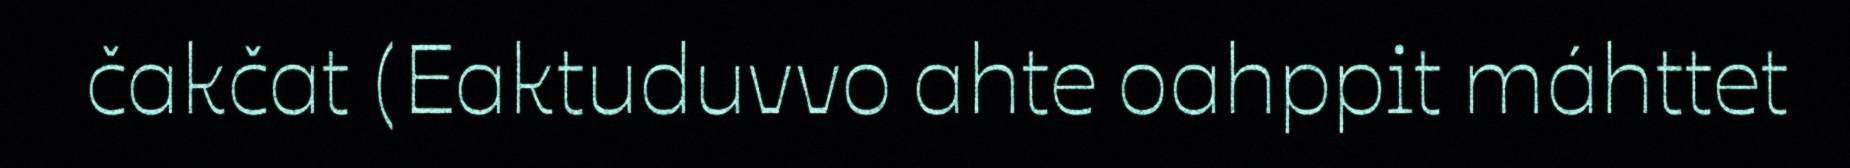
čakčat (Eaktuduvvo ahte oahppit máhttet